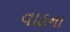
વાહના